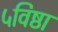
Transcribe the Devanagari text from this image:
५विष्ठा